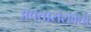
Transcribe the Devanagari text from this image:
अवतारांसंबंधी